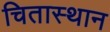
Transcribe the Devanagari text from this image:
चितास्थान